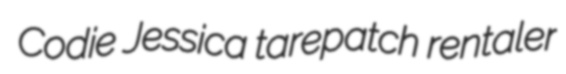
Codie Jessica tarepatch rentaler